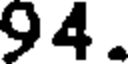
94.